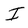
Character: I